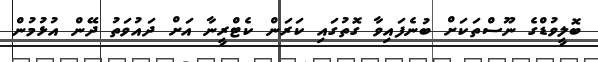
ބޮލީވުޑްގެ ނޫސްތަކަށް ބުނެފައިވާ ގޮތުގައި ކަރަން ކެޓްރީނާ އަށް ދައުވަތު ދޭން އުޅުމުން